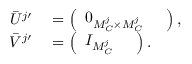
\begin{array} { r l } { \bar { U } ^ { j \prime } } & { { } = \left( \begin{array} { l l } { 0 _ { M _ { C } ^ { j } \times M _ { C } ^ { j } } } & { } \end{array} \right) , } \\ { \bar { V } ^ { j \prime } } & { { } = \left( \begin{array} { l l } { I _ { M _ { C } ^ { j } } } & { } \end{array} \right) . } \end{array}